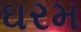
ઘરમ